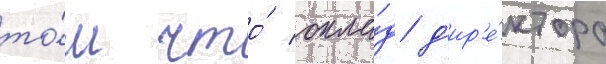
то́м что́ окла́д д'ир'е́ктора